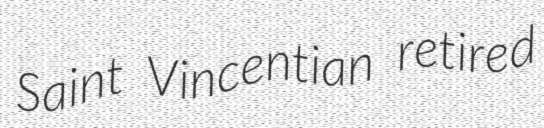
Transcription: Saint Vincentian retired